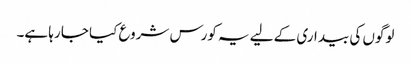
لوگوں کی بیداری کے لیے یہ کورس شروع کیا جا رہا ہے۔